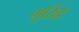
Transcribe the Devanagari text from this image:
गुर्रिल्ले